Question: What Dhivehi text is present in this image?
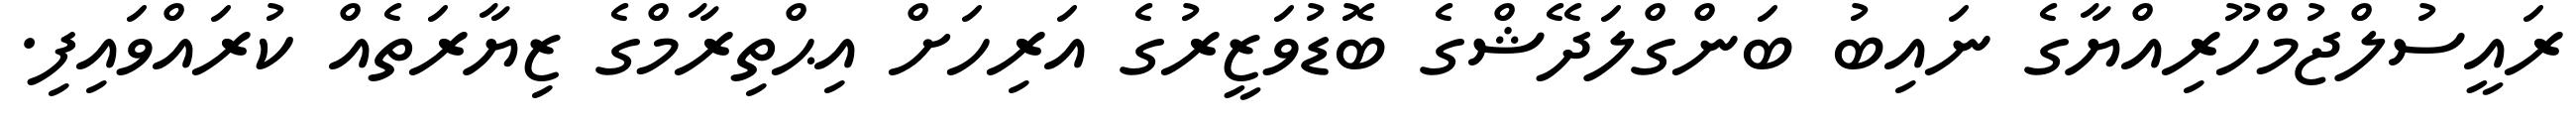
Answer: ރައީސުލްޖުމްހޫރިއްޔާގެ ނައިބު ބަންގްލަދޭޝްގެ ބޮޑުވަޒީރުގެ އަރިހަށް އިޙްތިރާމްގެ ޒިޔާރަތެއް ކުރައްވައިފި.